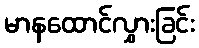
မာနထောင်လွှားခြင်း